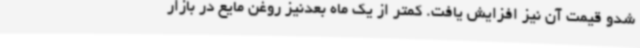
شدو قیمت آن نیز افزایش یافت. کمتر از یک ماه بعدنیز روغن مایع در بازار